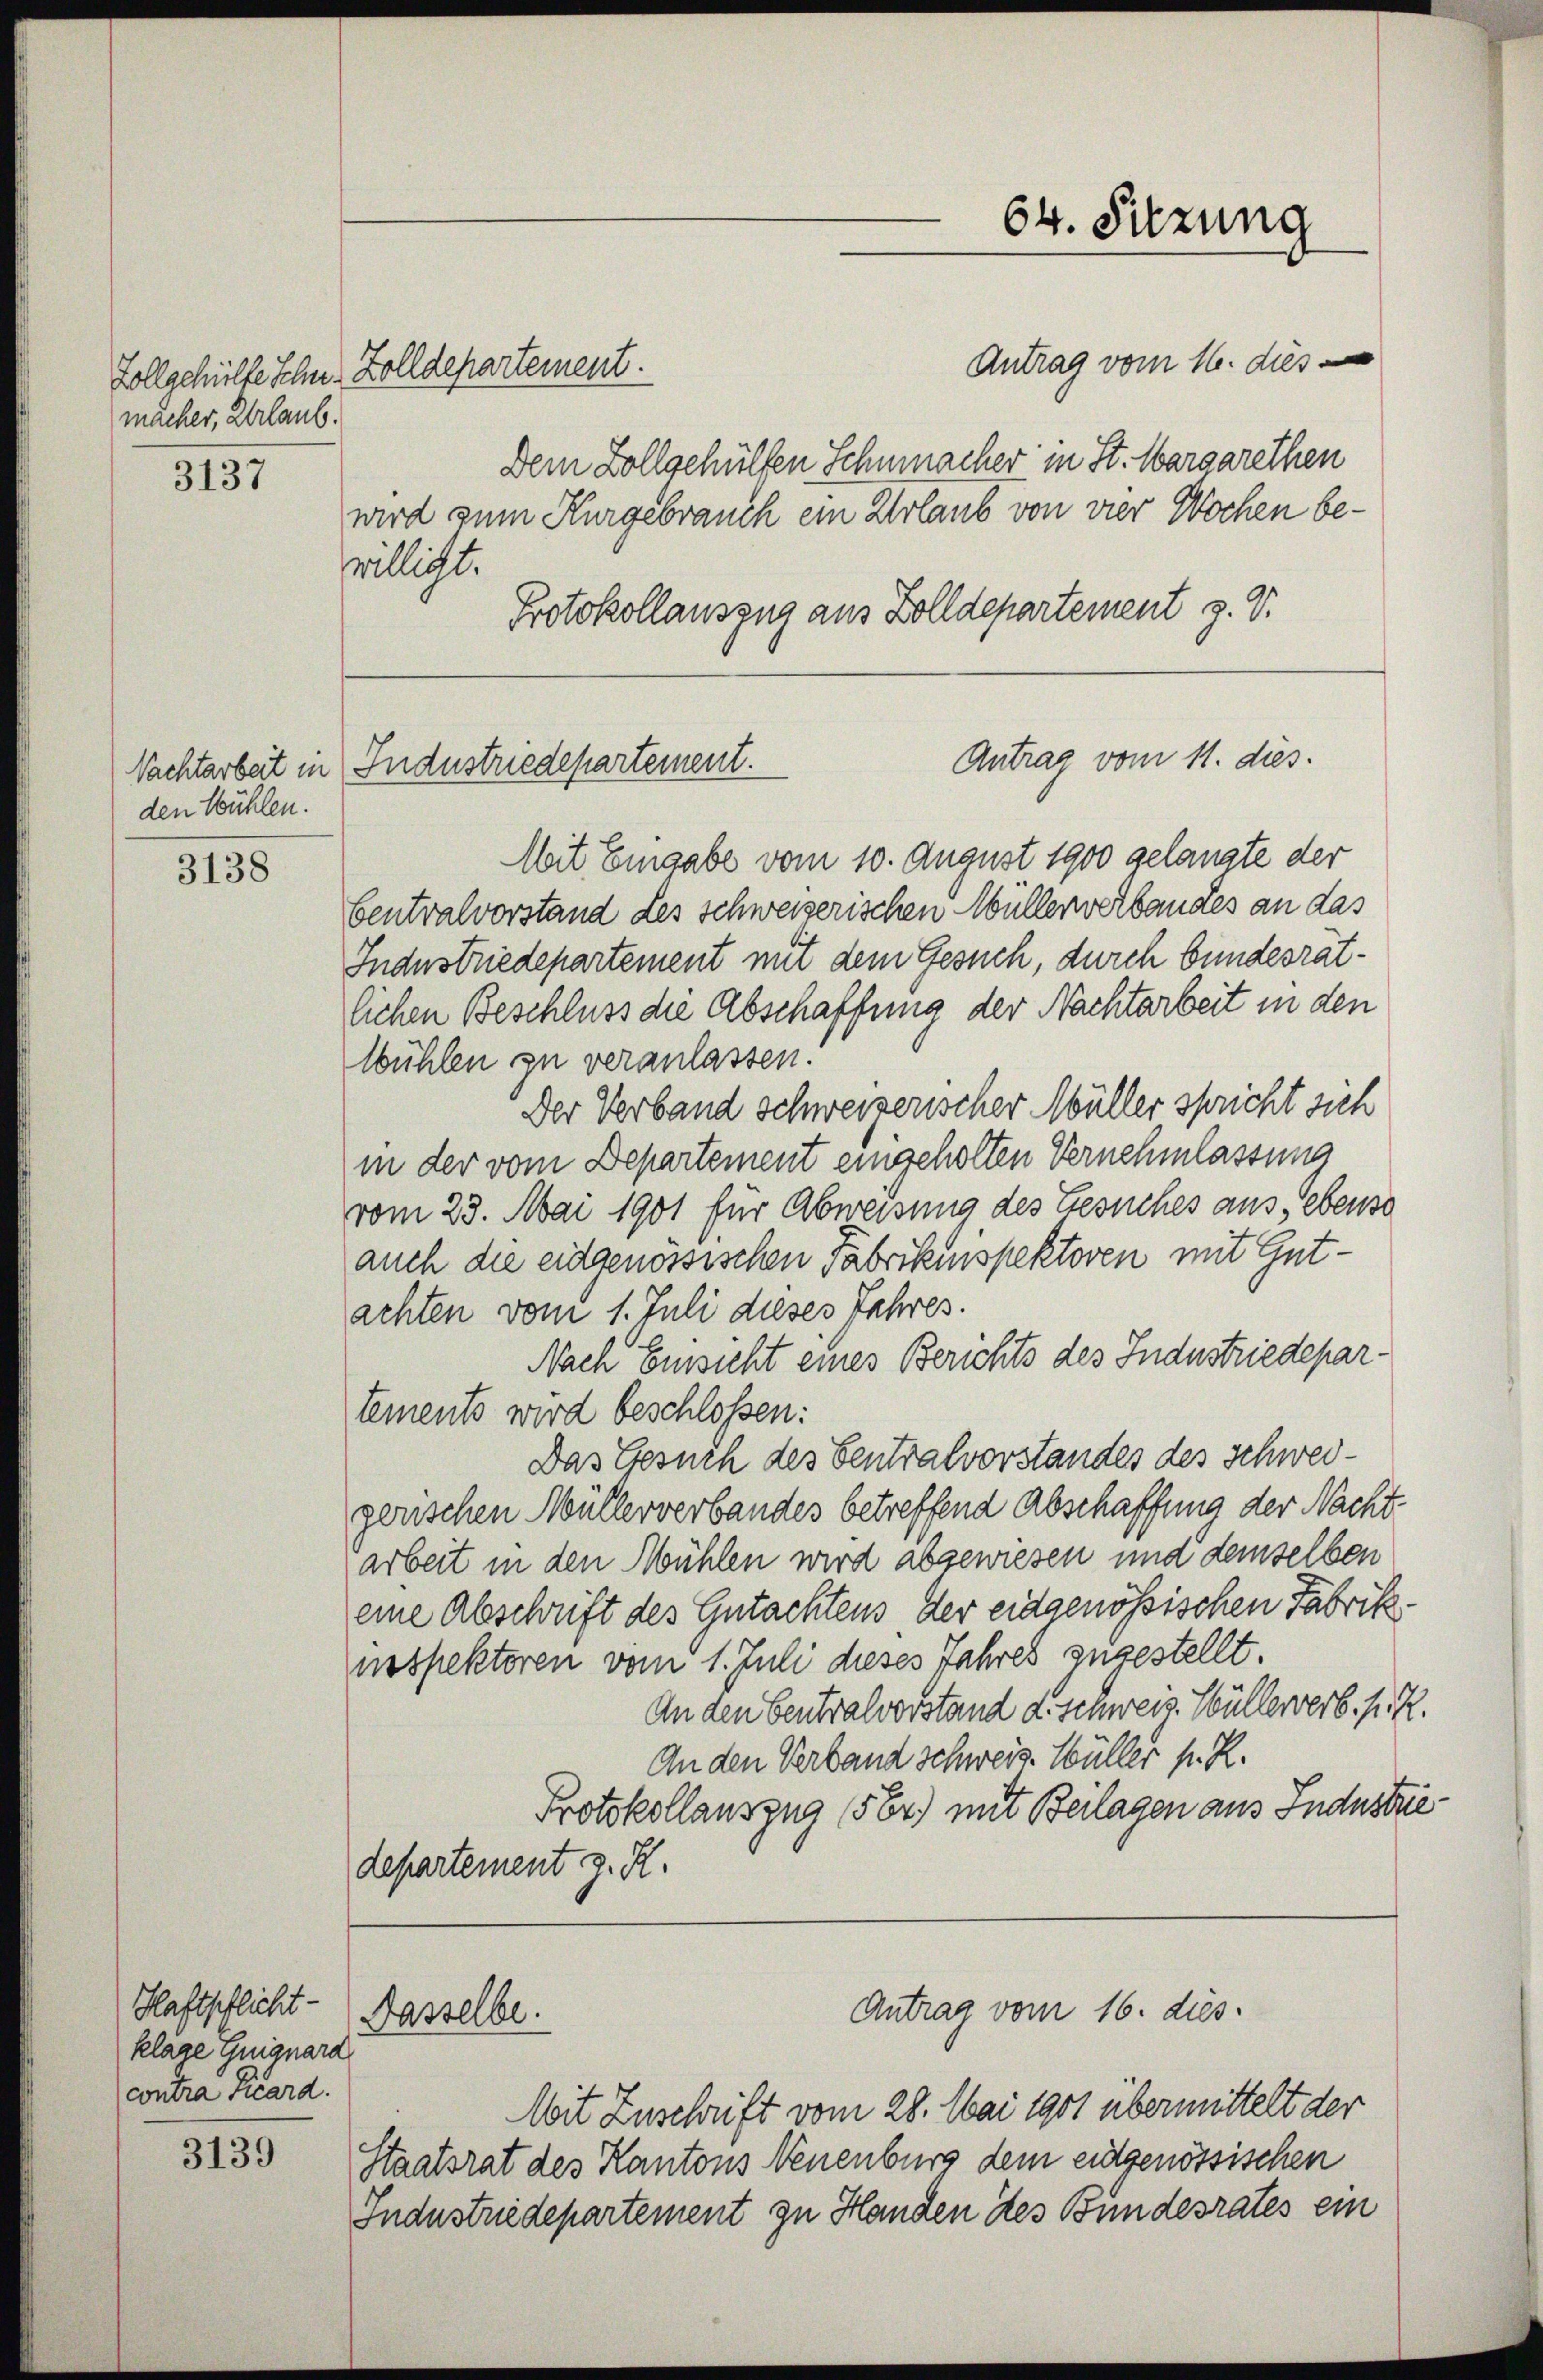
Zollgehülfe Schn Zolldepartement.
macher, Urlaub.

3137

3138

Haftpflicht-
klage Guiguard
contra Picard.

3139

den Bühlen.

Antrag vom 16. dies
Dem Zollgehülten Schnmacher in St. Margarethen
wird zum Kurgebrauch ein Urlaub von vier Wochen beswillicht.
Protokollauszug aus Zolldepartement z. V.

Nachtarbeit in Industriedepartement.

Fasselbe.

Mit Eingabe vom 10. August 1900 gelangte der
Centralvorstand des schweizerischen Müllerverbandes an das
Industriedepartement mit dem Gesuch, durch bundesrät-
lichen Beschluss die Abschaffung der Nachtarbeit in den
wühlen zu veranlassen.
Der Verband schweizerischer Müller spricht sich
in der vom Departement eingeholten Vernehmlassung
vom 23. Mai 1901 für Abweisung des Gesuches aus, ebenso
auch die eidgenössischen Fabrikinspektoren mit Gutachten vom 1. Juli dieses Jahres.
Nach Einsicht eines Berichts des Industriedepar-
tements wird beschlossen:
Das Gesuch des Ventralvorstandes des Schweigerischen Müllerverbandes betreffend Abschaffung der Nacht-
arbeit in den Mühlen wird abgewiesen und demselben
eine Abschrift des Gutachtens der eidgenössischen Fabrik.
inspektoren vom 1. Juli dieses Jahres zugestellt.
An den Centralvorstand d. Schweiz. Müllerverb. P. R.
An den Verband Schweiz. Hüller p. R.
Protokollauszug (564) mit Beilagen aus Industriedepartement z. R.

64. Sitzung

Antrag vom 11. dies.

Antrag vom 16. dies

Mit Zuschrift vom 28. Mai 1901 übermittelt der
Staatsrat des Kantons Neuenburg dem eidgenössischen
Industriedepartement zu Handen des Bundesrates ein